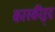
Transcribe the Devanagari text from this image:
कारकीऱ्र्द